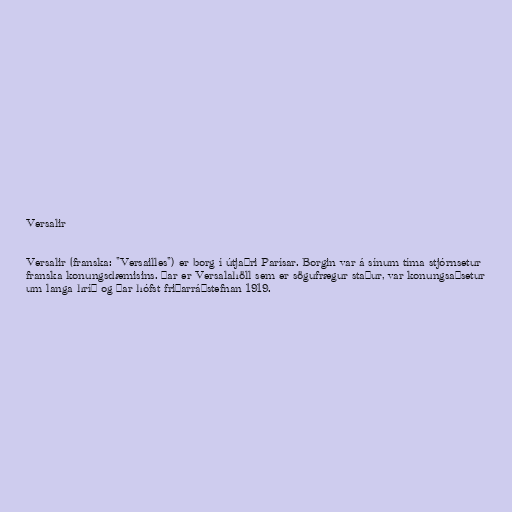
Versalir

Versalir (franska: "Versailles") er borg í útjaðri Parísar. Borgin var á sínum tíma stjórnsetur
franska konungsdæmisins. Þar er Versalahöll sem er sögufrægur staður, var konungsaðsetur
um langa hríð og þar hófst friðarráðstefnan 1919.